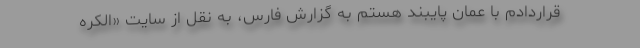
قراردادم با عمان پایبند هستم به گزارش فارس، به نقل از سایت «الکره